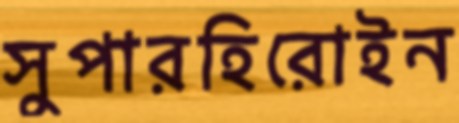
সুপারহিরোইন